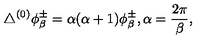
\triangle ^ { ( 0 ) } \phi _ { \beta } ^ { \pm } = \alpha ( \alpha + 1 ) \phi _ { \beta } ^ { \pm } , \alpha = { \frac { 2 \pi } { \beta } } ,